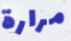
مرارة